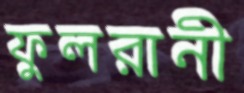
ফুলরানী